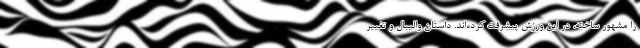
را مشهور ساخته، در این ورزش پیشرفت کرده‌اند. داستان والیبال و تغییر